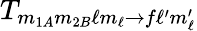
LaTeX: T_{m_{1A}m_{2B}\ell m_{\ell}\rightarrow f\ell^{\prime}m_{\ell}^{\prime}}